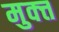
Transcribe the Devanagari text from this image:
मुक्त्त